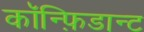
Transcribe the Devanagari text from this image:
कॉन्फ़िडान्ट